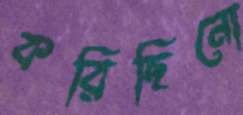
করিছিনো